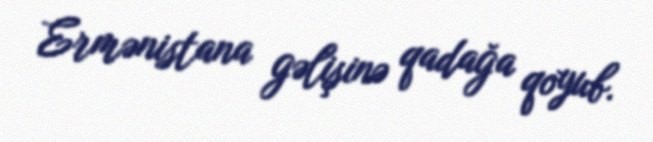
Ermənistana gəlişinə qadağa qoyub.